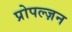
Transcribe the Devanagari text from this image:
प्रोपल्ज़न